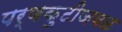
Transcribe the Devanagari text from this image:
पर्णकुटीजवळ